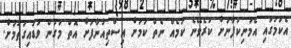
އެކަމުގައި އެމަނިކުފާނަށް ކުރެވޭނެ ކަމެއް ނެތް ކަމަށް އިސްތިއުނާފަށް އޮތް މަގުން ވަޑައިގަތުމަށް.